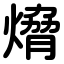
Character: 熁